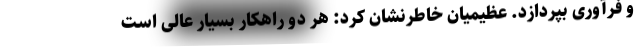
و فرآوری بپردازد. عظیمیان خاطرنشان کرد: هر دو راهکار بسیار عالی است